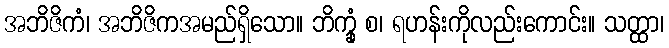
အဘိဇိကံ၊ အဘိဇိကအမည်ရှိသော။ ဘိက္ခုံ စ၊ ရဟန်းကိုလည်းကောင်း။ သတ္ထာ၊